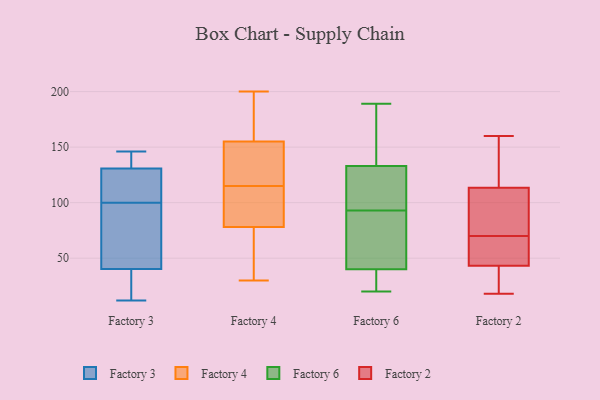
{"axis": {"x": "Energy Usage (MWh)", "y": "Value"}, "legend": ["Factory 2", "Factory 3", "Factory 4", "Factory 6"], "data": [{"x": "", "y": 98, "type": "Factory 3"}, {"x": "", "y": 12, "type": "Factory 3"}, {"x": "", "y": 137, "type": "Factory 3"}, {"x": "", "y": 22, "type": "Factory 3"}, {"x": "", "y": 100, "type": "Factory 3"}, {"x": "", "y": 131, "type": "Factory 3"}, {"x": "", "y": 130, "type": "Factory 3"}, {"x": "", "y": 33, "type": "Factory 3"}, {"x": "", "y": 146, "type": "Factory 3"}, {"x": "", "y": 112, "type": "Factory 3"}, {"x": "", "y": 62, "type": "Factory 3"}, {"x": "", "y": 173, "type": "Factory 4"}, {"x": "", "y": 165, "type": "Factory 4"}, {"x": "", "y": 114, "type": "Factory 4"}, {"x": "", "y": 100, "type": "Factory 4"}, {"x": "", "y": 78, "type": "Factory 4"}, {"x": "", "y": 30, "type": "Factory 4"}, {"x": "", "y": 147, "type": "Factory 4"}, {"x": "", "y": 43, "type": "Factory 4"}, {"x": "", "y": 103, "type": "Factory 4"}, {"x": "", "y": 104, "type": "Factory 4"}, {"x": "", "y": 74, "type": "Factory 4"}, {"x": "", "y": 151, "type": "Factory 4"}, {"x": "", "y": 141, "type": "Factory 4"}, {"x": "", "y": 196, "type": "Factory 4"}, {"x": "", "y": 40, "type": "Factory 4"}, {"x": "", "y": 200, "type": "Factory 4"}, {"x": "", "y": 116, "type": "Factory 4"}, {"x": "", "y": 155, "type": "Factory 4"}, {"x": "", "y": 146, "type": "Factory 6"}, {"x": "", "y": 55, "type": "Factory 6"}, {"x": "", "y": 133, "type": "Factory 6"}, {"x": "", "y": 30, "type": "Factory 6"}, {"x": "", "y": 189, "type": "Factory 6"}, {"x": "", "y": 133, "type": "Factory 6"}, {"x": "", "y": 20, "type": "Factory 6"}, {"x": "", "y": 40, "type": "Factory 6"}, {"x": "", "y": 49, "type": "Factory 6"}, {"x": "", "y": 131, "type": "Factory 6"}, {"x": "", "y": 78, "type": "Factory 2"}, {"x": "", "y": 160, "type": "Factory 2"}, {"x": "", "y": 109, "type": "Factory 2"}, {"x": "", "y": 46, "type": "Factory 2"}, {"x": "", "y": 70, "type": "Factory 2"}, {"x": "", "y": 140, "type": "Factory 2"}, {"x": "", "y": 19, "type": "Factory 2"}, {"x": "", "y": 65, "type": "Factory 2"}, {"x": "", "y": 48, "type": "Factory 2"}, {"x": "", "y": 35, "type": "Factory 2"}, {"x": "", "y": 18, "type": "Factory 2"}, {"x": "", "y": 127, "type": "Factory 2"}, {"x": "", "y": 86, "type": "Factory 2"}]}